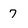
Character: 7